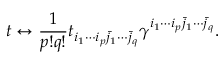
t \leftrightarrow \frac { 1 } { p ! q ! } t _ { i _ { 1 } \cdots i _ { p } \bar { j } _ { 1 } \cdots \bar { j } _ { q } } \gamma ^ { i _ { 1 } \cdots i _ { p } \bar { j } _ { 1 } \cdots \bar { j } _ { q } } .